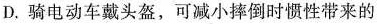
D.骑电动车戴头盔，可减小摔倒时惯性带来的